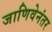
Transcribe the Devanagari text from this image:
जाणिवेनंतर